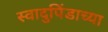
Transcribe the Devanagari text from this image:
स्वादुपिंडाच्या